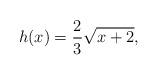
LaTeX: \begin{align*}h(x)=\frac23\sqrt{x+2},\end{align*}